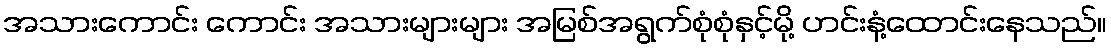
အသားကောင်း ကောင်း အသားများများ အမြစ်အရွက်စုံစုံနှင့်မို့ ဟင်းနံ့ထောင်းနေသည်။